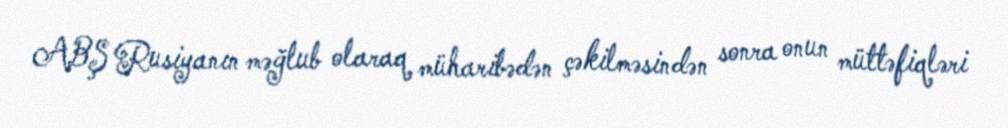
ABŞ Rusiyanın məğlub olaraq müharibədən çəkilməsindən sonra onun müttəfiqləri